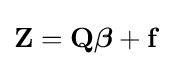
\mathbf {Z} =\mathbf {Q} {\boldsymbol {\beta }}+\mathbf {f}